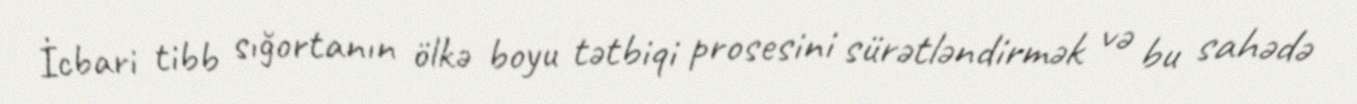
İcbari tibb sığortanın ölkə boyu tətbiqi prosesini sürətləndirmək və bu sahədə